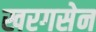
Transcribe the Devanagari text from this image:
खरगसेन